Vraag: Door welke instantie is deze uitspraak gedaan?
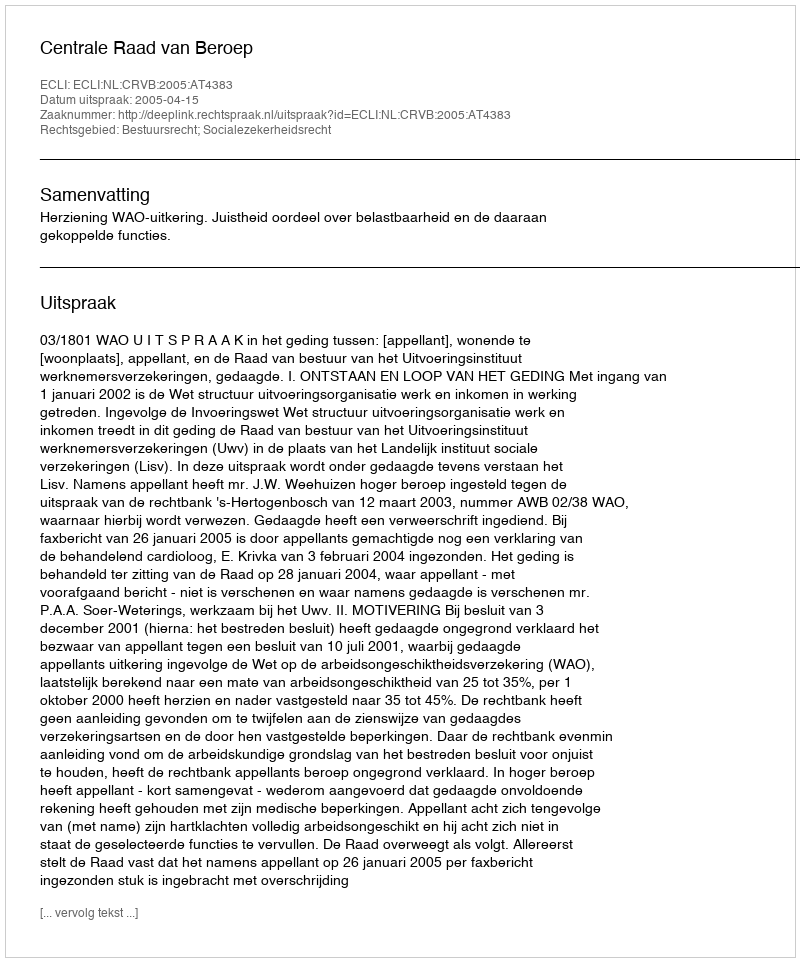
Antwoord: Centrale Raad van Beroep